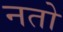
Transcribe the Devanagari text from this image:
नतो